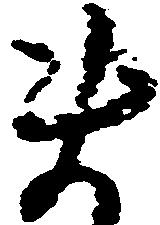
ま